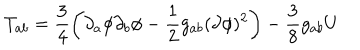
LaTeX: T _ { a b } = \frac { 3 } { 4 } \left( \partial _ { a } \phi \partial _ { b } \phi - \frac { 1 } { 2 } g _ { a b } ( \partial \phi ) ^ { 2 } \right) - \frac { 3 } { 8 } g _ { a b } U